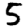
Digit: 5